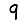
Digit: 9